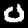
Label: 0